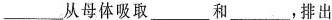
___从母体吸取___和___，排出